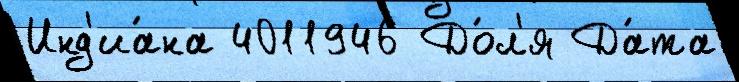
Инд'иа́на 4011946 До́л'я Да́та